Report of the Indian Hemp Drugs Commission, 1894-1895 - Volume V
Year: 1894
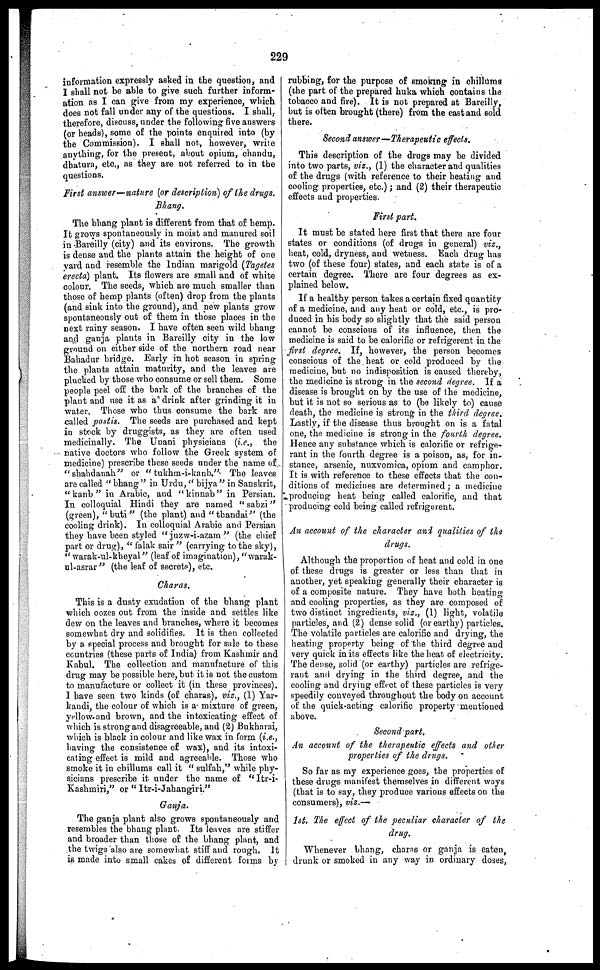
229
information expressly asked in the question, and
I shall not be able to give such further inform-
ation as I can give from my experience, which
does not fall under any of the questions. I shall,
therefore, discuss, under the following five answers
(or beads), some of the points enquired into (by
the Commission). I shall not, however, write
anything, for the present, about opium, chandu,
dhatura, etc., as they are not referred to in the
questions,
First answer-nature (or description) of the drugs.
Bhang.
The bhang plant is different from that of hemp.
It grows spontaneously in moist and manured soil
in Bareilly (city) and its environs. The growth
is dense and the plants attain the height of one
yard and resemble the Indian marigold (Tagetes
erecta) plant. Its flowers are small and of white
colour. The seeds, which are much smaller than
those of hemp plants (often) drop from the plants
(and sink into the ground), and new plants grow
spontaneously out of them in those places in the
next rainy season. I have often seen wild bhang
and ganja plants in Bareilly city in the low
ground on either side of the northern road near
Bahadur bridge. Early in hot season in spring
the plants attain maturity, and the leaves are
plucked by those who consume or sell them. Some
people peel off the bark of the branches of the
plant and use it as a drink after grinding it in
water. Those who thus consume the bark are
called postis. The seeds are purchased and kept
in stock by druggists, as they are often used
medicinally. The Unani physicians (i.e., the
native doctors who follow the Greek system of
medicine) prescribe these seeds under the name of
"shahdanah" or "tukhm-i-kanb." The leaves
are called "bhang" in Urdu, "bijya" in Sanskrit,
"kanb" in Arabic, and "kinnab" in Persian.
In colloquial Hindi they are named "sabzi"
(green), "buti" (the plant) and "thandai" (the
cooling drink). In colloquial Arabic and Persian
they have been styled "juzw-i-azam" (the chief
part or drug), "falak sair" (carrying to the sky),
"warak-ul-kheyal" (leaf of imagination), "warak-
ul-asrar" (the leaf of secrets), etc.
Charas.
This is a dusty exudation of the bhang plant
which oozes out from the inside and settles like
dew on the leaves and branches, where it becomes
somewhat dry and solidifies. It is then collected
by a special process and brought for sale to these
countries (these parts of India) from Kashmir and
Kabul. The collection and manufacture of this
drug may be possible here, but it is not the custom
to manufacture or collect it (in these provinces).
I have seen two kinds (of charas), viz., (1) Yar-
kaudi, the colour of which is a mixture of green,
yellow-and brown, and the intoxicating effect of
which is strong and disagreeable, and (2) Bukharai,
which is black in colour and like wax in form (i.e.,
having the consistence of wax), and its intoxi-
cating effect is mild and agreeable. Those who
smoke it in chillums call it "sulfah," while phy-
sicians prescribe it under the name of "Itr-i-
Kashmiri," or "Itr-i-Jahangiri."
Ganja.
The ganja plant also grows spontaneously and
resembles the bhang plant. Its leaves are stiffer
and broader than those of the bhang plant, and
the twigs also are somewhat stiff and rough. It
is made into small cakes of different forms by
rubbing, for the purpose of smoking in chillums
(the part of the prepared huka which contains the
tobacco and fire). It is not prepared at Bareilly,
but is often brought (there) from the east and sold
there.
Second answer—Therapeutic effects.
This description of the drags may be divided
into two parts, viz., (1) the character and qualities
of the drugs (with reference to their heating and
cooling properties, etc.); and (2) their therapeutic
effects and properties.
First part.
It must be stated here first that there are four
states or conditions (of drugs in general) viz.,
heat, cold, dryness, and wetness. Each drug has
two (of these four) states, and each state is of a
certain degree. There are four degrees as ex-
plained below.
If a healthy person takes a certain fixed quantity
of a medicine, and any heat or cold, etc., is pro-
duced in his body so slightly that the said person
cannot be conscious of its influence, then the
medicine is said to be calorific or refrigerent in the
first degree. If, however, the person becomes
conscious of the heat or cold produced by the
medicine, but no indisposition is caused thereby,
the medicine is strong in the second degree. If a
disease is brought on by the use of the medicine,
but it is not so serious as to (be likely to) cause
death, the medicine is strong in the third degree.
Lastly, if the disease thus brought on is a fatal
one, the medicine is strong in the fourth degree.
Hence any substance which is calorific or refrige-
rant in the fourth degree is a poison, as, for in-
stance, arsenic, nuxvomica, opium and camphor.
It is with reference to these effects that the con-
ditions of medicines are determined ; a medicine
producing heat being called calorific, and that
producing cold being called refrigerent.
An account of the character and qualities of the
drugs.
Although the proportion of heat and cold in one
of these drugs is greater or less than that in
another, yet speaking generally their character is
of a composite nature. They have both heating
and cooling properties, as they are composed of
two distinct ingredients, viz., (1) light, volatile
particles, and (2) dense solid (or earthy) particles.
The volatile particles are calorific and drying, the
heating property being of the third degree and
very quick in its effects like the heat of electricity.
The dense, solid (or earthy) particles are refrige-
rant and drying in the third degree, and the
cooling and drying effect of these particles is very
speedily conveyed throughout the body on account
of the quick-acting calorific property mentioned
above.
Second part.
An account of the therapeutic effects and other
properties of the drugs.
So far as my experience goes, the properties of
these drugs manifest themselves in different ways
(that is to say, they produce various effects on the
consumers), viz.—
1st. The effect of the peculiar character of the
drug.
Whenever bhang, charas or ganja is eaten,
drunk or smoked in any way in ordinary doses,